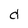
Character: d